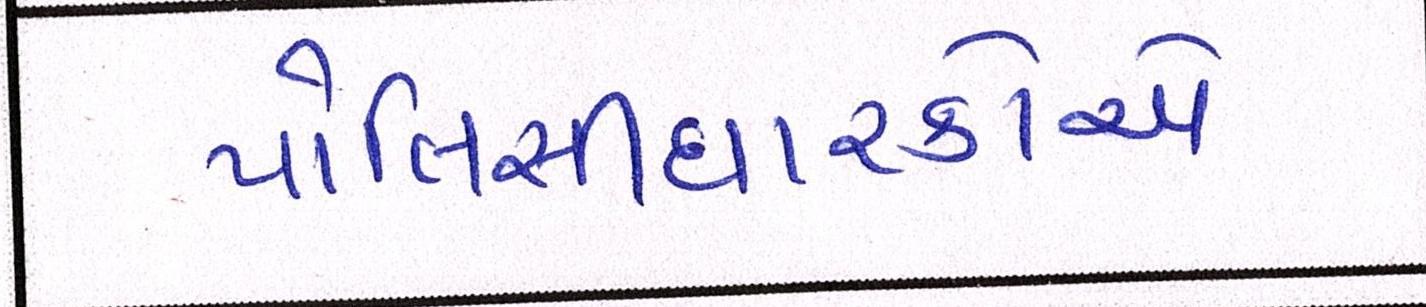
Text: પોલિસીધારકોએ